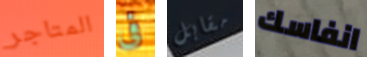
المتاجر فى مقابل انفاسك